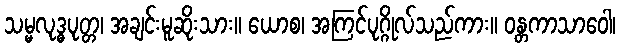
သမ္မလုဒ္ဓပုတ္တ၊ အချင်းမူဆိုးသား။ ယောစ၊ အကြင်ပုဂ္ဂိုလ်သည်ကား။ ဝန္တကာသာဝေါ၊